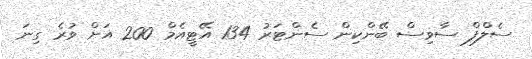
ސެލްފް ސާވިސް ބޭންކިން ސެންޓަރު 134 އޭޓީއެމް 200 އަށް ވުރެ ގިނަ